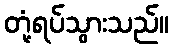
တုံ့ရပ်သွားသည်။